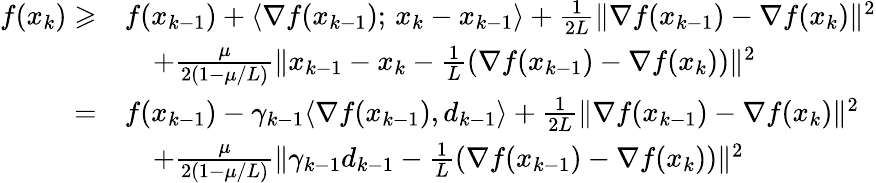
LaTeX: \begin{array}{rl}{f(x_{k})\geqslant}&{f(x_{k-1})+\langle\nabla f(x_{k-1});\, x_{k}-x_{k-1}\rangle+\frac{1}{2L}\| \nabla f(x_{k-1})-\nabla f(x_{k})\| ^{2}}\\ &{\quad+\frac{\mu}{2(1-\mu/L)}\| x_{k-1}-x_{k}-\frac{1}{L}(\nabla f(x_{k-1})-\nabla f(x_{k}))\| ^{2}}\\ {=}&{f(x_{k-1})-\gamma_{k-1}\langle\nabla f(x_{k-1}),d_{k-1}\rangle+\frac{1}{2L}\| \nabla f(x_{k-1})-\nabla f(x_{k})\| ^{2}}\\ &{\quad+\frac{\mu}{2(1-\mu/L)}\| \gamma_{k-1}d_{k-1}-\frac{1}{L}(\nabla f(x_{k-1})-\nabla f(x_{k}))\| ^{2}}\end{array}